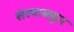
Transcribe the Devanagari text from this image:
संस्थाकडून